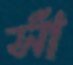
সাঁ